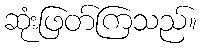
ဆုံးဖြတ်ကြသည်။